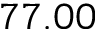
7 7 . 0 0